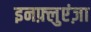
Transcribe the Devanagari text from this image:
इनफ़्लुएंज़ा